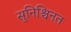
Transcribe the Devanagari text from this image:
सुनिश्चिनत